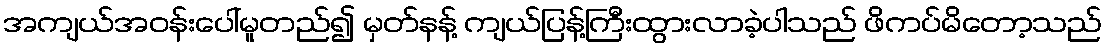
အကျယ်အဝန်းပေါ်မူတည်၍ မှတ်နန့် ကျယ်ပြန့်ကြီးထွားလာခဲ့ပါသည် ဖိကပ်မိတော့သည်